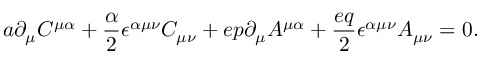
a \partial _ { \mu } C ^ { \mu \alpha } + { \frac { \alpha } { 2 } } \epsilon ^ { \alpha \mu \nu } C _ { \mu \nu } + e p \partial _ { \mu } A ^ { \mu \alpha } + { \frac { e q } { 2 } } \epsilon ^ { \alpha \mu \nu } A _ { \mu \nu } = 0 .